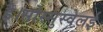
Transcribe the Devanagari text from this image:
है।सोस्सुस्वेलई